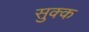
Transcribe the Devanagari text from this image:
सुक्क